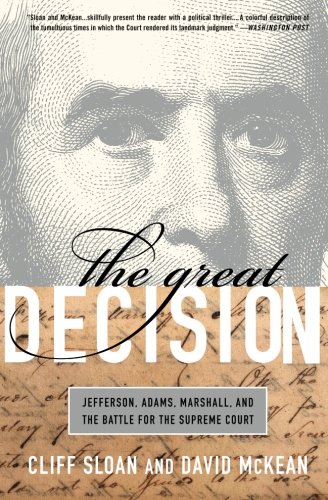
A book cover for The Great Decision: Jefferson, Adams, Marshall, and the Battle for the Supreme Court; Cliff Sloan; Law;